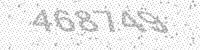
Solution: 468749